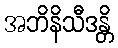
အဘိနိသီဒန္တိ